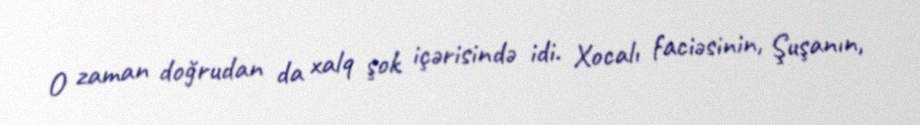
O zaman doğrudan da xalq şok içərisində idi. Xocalı faciəsinin, Şuşanın,